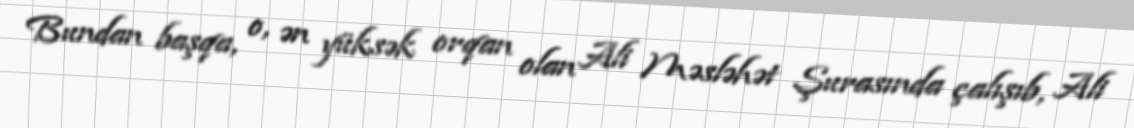
Bundan başqa, o, ən yüksək orqan olan Ali Məsləhət Şurasında çalışıb, Ali